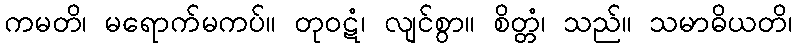
ကမတိ၊ မရောက်မကပ်။ တုဝဋံ၊ လျင်စွာ။ စိတ္တံ၊ သည်။ သမာဓိယတိ၊